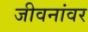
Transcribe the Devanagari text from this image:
जीवनांवर